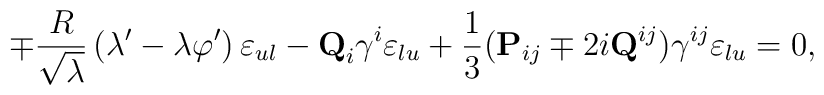
\mp {R \over \sqrt{\lambda}} \left( \lambda ' - \lambda \varphi ' \right) \varepsilon_{ul} - {\bf Q}_i \gamma^i \varepsilon_{lu} + {1 \over 3}( {\bf P}_{ij} \mp 2 i {\bf Q}^{ij} ) \gamma^{ij} \varepsilon_{lu} = 0 ,